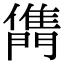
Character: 𨶊